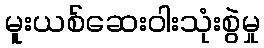
မူးယစ်ဆေးဝါးသုံးစွဲမှု